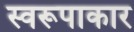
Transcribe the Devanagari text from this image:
स्वरूपाकार